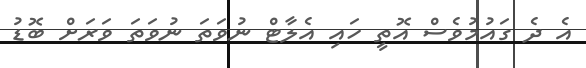
އެ ދެ ގައުމުވެސް އޮތީ ހައި އެލާޓް ނުވަތަ ނުވަތަ ވަރަށް ބޮޑު